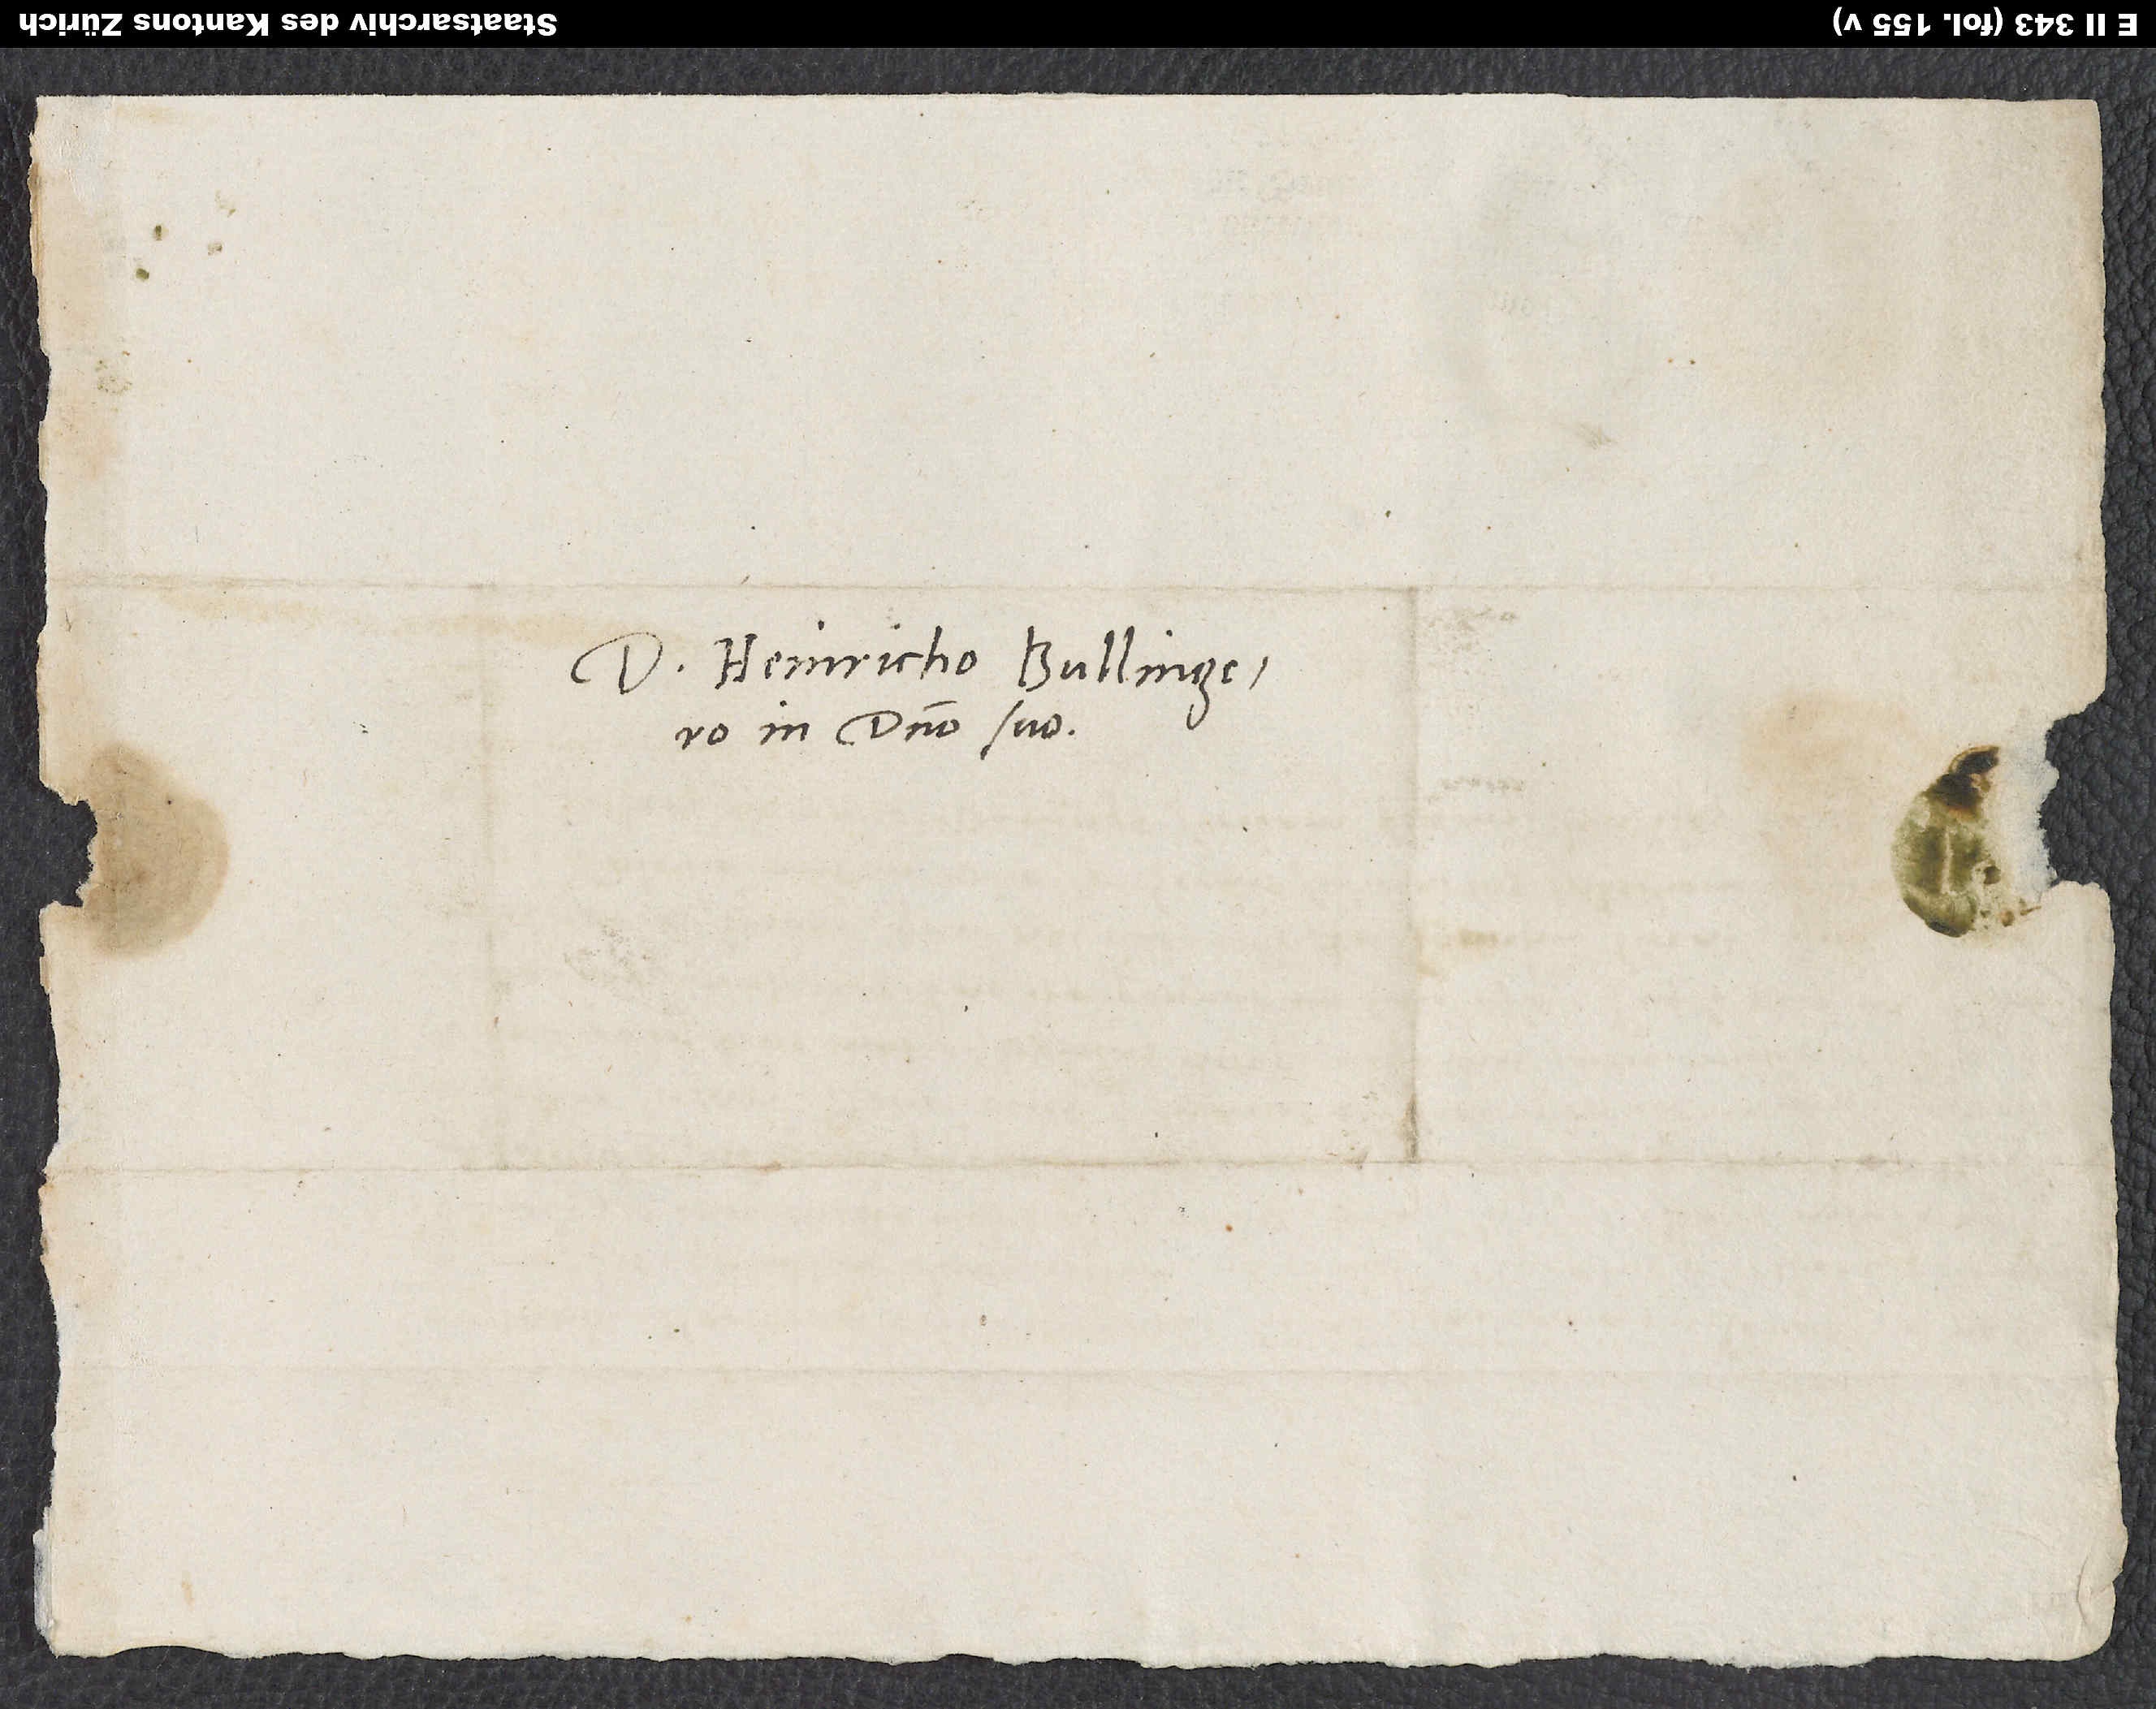
Domino Heinricho Bullingero,
in domino suo.